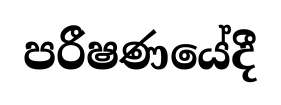
පරීෂණයේදී